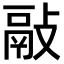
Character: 𢾿